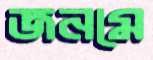
জনমে